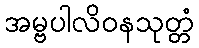
အမ္ဗပါလိဝနသုတ္တံ